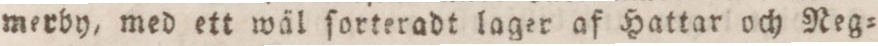
merby, med ett wäl ſorteradt lager af Hattar och Neg=